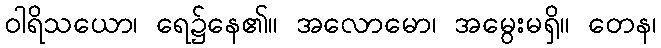
ဝါရိသယော၊ ရေ၌နေ၏။ အလောမော၊ အမွေးမရှိ။ တေန၊